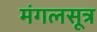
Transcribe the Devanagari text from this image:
मंगलसूत्र